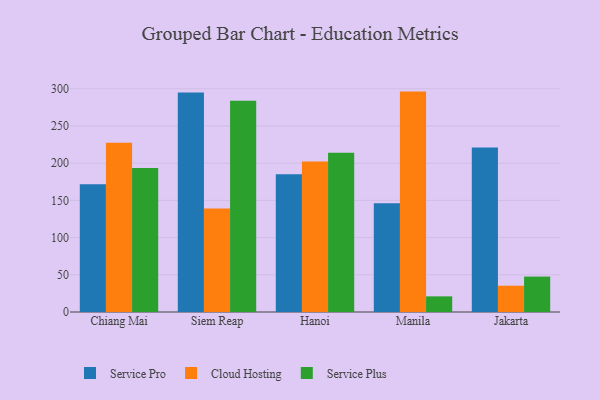
{"axis": {"x": "City", "y": "Budget (USD K)"}, "legend": ["Cloud Hosting", "Service Plus", "Service Pro"], "data": [{"x": "Chiang Mai", "y": 171.6, "type": "Service Pro"}, {"x": "Chiang Mai", "y": 227.5, "type": "Cloud Hosting"}, {"x": "Chiang Mai", "y": 193.5, "type": "Service Plus"}, {"x": "Siem Reap", "y": 295.1, "type": "Service Pro"}, {"x": "Siem Reap", "y": 139.0, "type": "Cloud Hosting"}, {"x": "Siem Reap", "y": 283.8, "type": "Service Plus"}, {"x": "Hanoi", "y": 185.2, "type": "Service Pro"}, {"x": "Hanoi", "y": 202.4, "type": "Cloud Hosting"}, {"x": "Hanoi", "y": 213.9, "type": "Service Plus"}, {"x": "Manila", "y": 146.0, "type": "Service Pro"}, {"x": "Manila", "y": 296.2, "type": "Cloud Hosting"}, {"x": "Manila", "y": 21.0, "type": "Service Plus"}, {"x": "Jakarta", "y": 221.0, "type": "Service Pro"}, {"x": "Jakarta", "y": 35.3, "type": "Cloud Hosting"}, {"x": "Jakarta", "y": 47.6, "type": "Service Plus"}]}